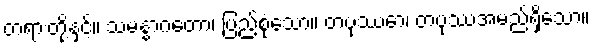
တရားတို့နှင့််။ သမန္နာဂတော၊ ပြည့်စုံသော။ တပုဿော၊ တပုဿအမည်ရှိသော။